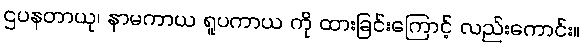
ဌပနတာယု၊ နာမကာယ ရူပကာယ ကို ထားခြင်းကြောင့် လည်းကောင်း။